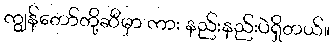
ကျွန်တော်တို့ဆီမှာ ကား နည်းနည်းပဲရှိတယ်။